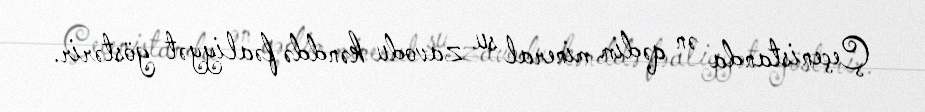
Çeçenistanda ən qədim mineral su zavodu kənddə fəaliyyət göstərir.